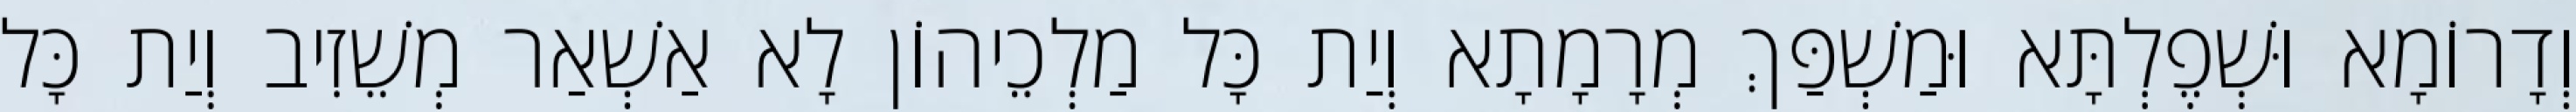
וְדָרוֹמָא וּשְׁפֶלְתָּא וּמַשְׁפַּךְ מְרָמָתָא וְיַת כָּל מַלְכֵיהוֹן לָא אַשְׁאַר מְשֵׁזִיב וְיַת כָּל